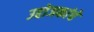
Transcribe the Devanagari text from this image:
उद्दोजकांचे